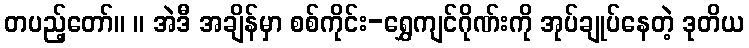
တပည့်တော်။ ။ အဲဒီ အချိန်မှာ စစ်ကိုင်း-ရွှေကျင်ဂိုဏ်းကို အုပ်ချုပ်နေတဲ့ ဒုတိယ